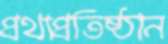
প্রথাপ্রতিষ্ঠান